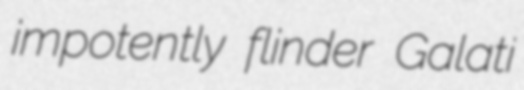
impotently flinder Galati